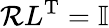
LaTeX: \mathcal{R}L^{\mathrm{{T}}}=\mathbb{{I}}